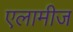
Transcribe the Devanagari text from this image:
एलामीज